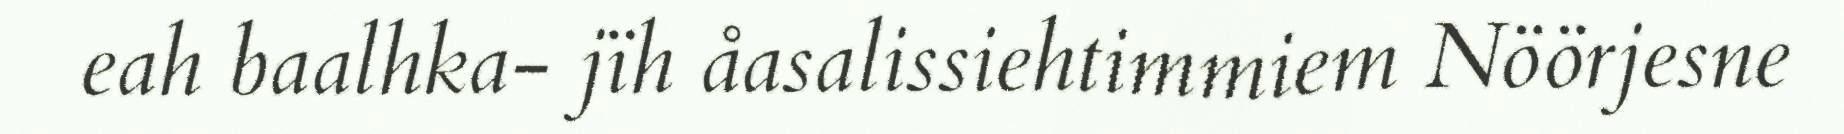
eah baalhka- jïh åasalissiehtimmiem Nöörjesne